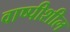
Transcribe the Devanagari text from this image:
वाष्पीशील